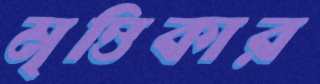
মৃত্তিকার